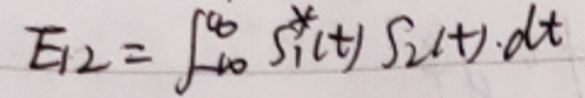
\[ E_{12}=\int_{-\infty}^{\infty} s_{1}^{*}(t) s_{2}(t) \cdot d t \]